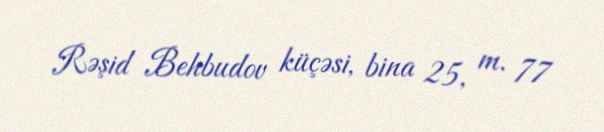
Rəşid Behbudov küçəsi, bina 25, m. 77